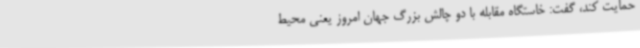
حمایت کند، گفت: خاستگاه مقابله با دو چالش بزرگ جهان امروز یعنی محیط